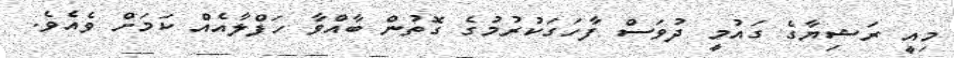
މިއީ ރަޝިޔާގެ ގައުމީ ދުވަސް ފާހަގަކުރުމުގެ ގޮތުން ބާއްވާ ހަފްލާއެއް ކަމަށް ވެއެވެ.